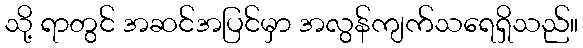
သို့ ရာတွင် အဆင်အပြင်မှာ အလွန်ကျက်သရေရှိသည်။